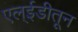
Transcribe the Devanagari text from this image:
एल्ईडीतून